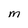
Character: M